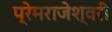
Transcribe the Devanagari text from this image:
प्रेमराजेश्वरी